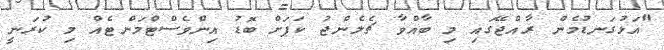
"އަޅުގަނޑުމެން ރާއްޖޭގައި މި ބާއްވާ ޗެލެންޖު ކަޕަށް ބޮޑު އިންވެސްޓްމަންޓެއް މި ކުރަނީ